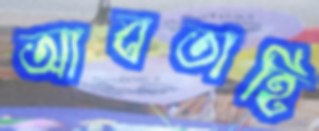
আবতাহি